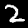
Label: 2